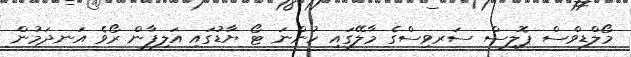
މޯލްޑިވްސް ޕޮލިސް ސަރވިސްގެ މާލޭގައި ހުންނަ ޓޯ ޔާޑުގައި އަލިފާން ރޯވެ އަނދަމުން